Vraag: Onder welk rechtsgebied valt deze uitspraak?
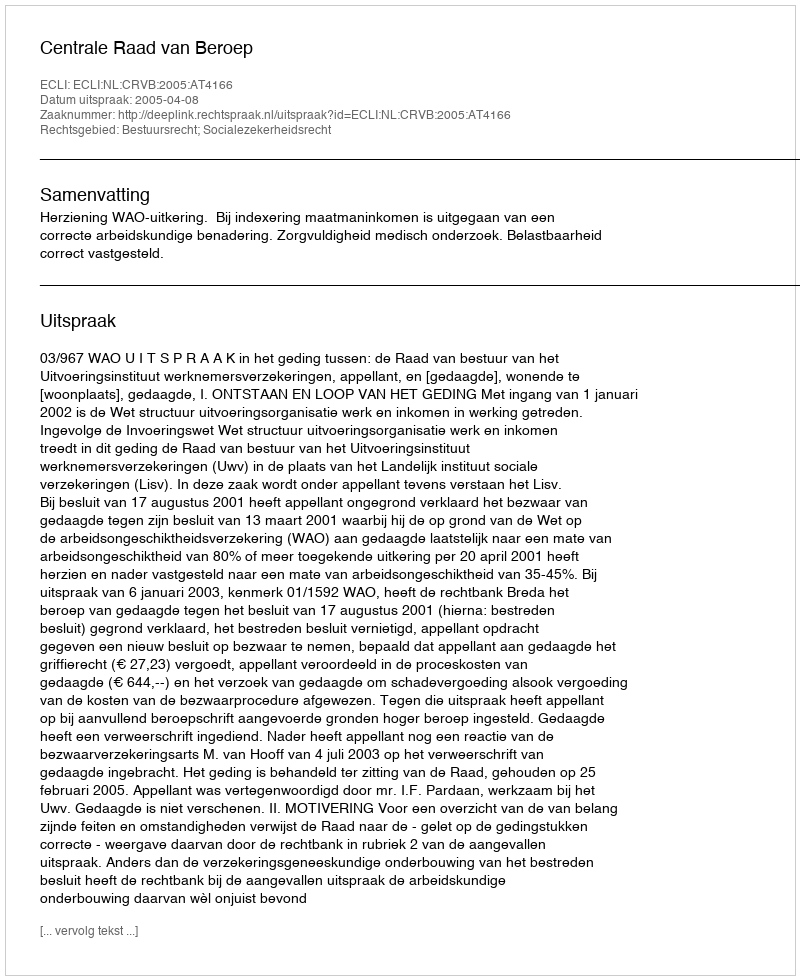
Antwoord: Bestuursrecht; Socialezekerheidsrecht